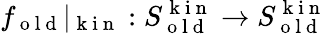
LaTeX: f_{\mathrm{~o~l~d~}}\vert_{\mathrm{~k~i~n~}}:S_{\mathrm{~o~l~d~}}^{\mathrm{~k~i~n~}}\to S_{\mathrm{~o~l~d~}}^{\mathrm{~k~i~n~}}